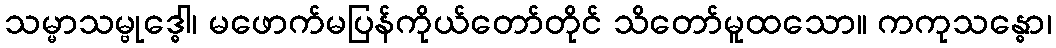
သမ္မာသမ္ဗုဒ္ဓေါ၊ မဖောက်မပြန်ကိုယ်တော်တိုင် သိတော်မူထသော။ ကကုသန္ဓော၊